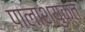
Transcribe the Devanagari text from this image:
पालाशयुक्त